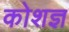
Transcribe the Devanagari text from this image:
कोशज्ञ